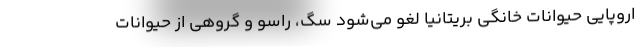
اروپایی حیوانات خانگی بریتانیا لغو می‌شود سگ‌، راسو و گروهی از حیوانات